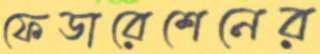
ফেডারেশেনের